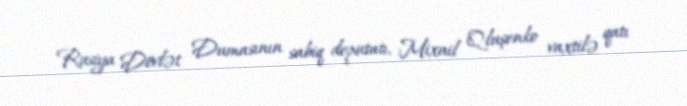
Rusiya Dövlət Dumasının sabiq deputatı, Mixail Qluşenko vaxtilə qatı